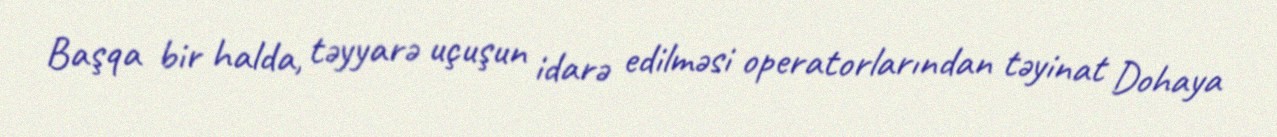
Başqa bir halda, təyyarə uçuşun idarə edilməsi operatorlarından təyinat Dohaya